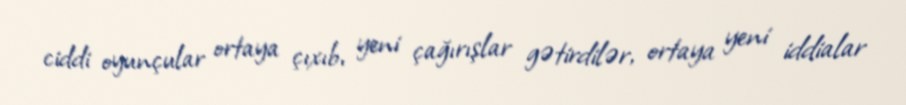
ciddi oyunçular ortaya çıxıb, yeni çağırışlar gətirdilər, ortaya yeni iddialar